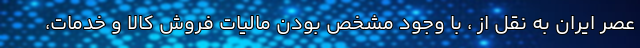
عصر ایران به نقل از ، با وجود مشخص بودن مالیات فروش کالا و خدمات،